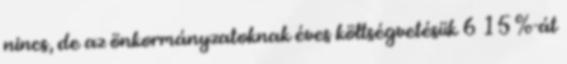
nincs, de az önkormányzatoknak éves költségvetésük 6 15 %-át